Civil Veterinary Department. Madras. Admin. report 1926-33 - 1926-1933
Year: 1926
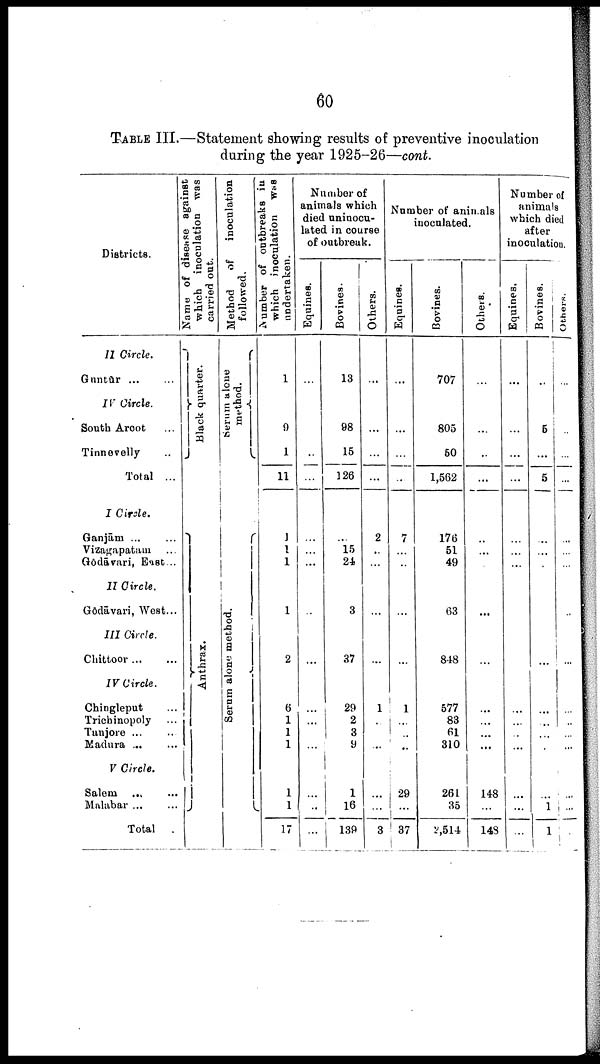
60
TABLE III.—Statement showing results of preventive inoculation
during the year 1925-26—cont.
Districts.
II Circle.
Guntūr ... ...
IV Circle.
South Arcot ...
Tinnevelly ..
Total ...
I Circle.
Ganjām ... ...
Vizagapatam ...
Gōdāvari, East...
II Circle.
Gōdāvari, West...
III Circle.
Chittoor ... ...
IV Circle.
Chingleput ...
Trichinopoly ...
Tanjore ... ...
Madura ... ...
V Circle.
Salem ... ...
Malabar ... ...
Total
Name of disease against
which inoculation was
carried out.
Black quarter.
Ant hr ax.
Method
of
inoculation
followed.
Serum
alone
method.
Se r
um alone method.
Number
of outbreaks in
which inoculation was
undertaken.
1
9
1
11
1
1
1
1
2
6
1
1
1
1
1
17
Number of
animals which
died uninocu-
lated in course
of outbreak.
Equines.
...
...
..
...
...
...
...
...
...
...
...
...
...
...
..
...
Bovines.
13
08
15
126
...
15
24
3
37
29
2
3
9
1
16
139
Others.
...
...
...
...
2
..
...
...
...
1
...
...
...
...
...
3
Number of animals
inoculated.
Equines.
...
...
...
...
7
...
...
...
...
1
...
...
..
29
...
37
Bovines.
707
805
50
1,562
176
51
49
63
848
577
83
61
310
261
35
2,514
Others.
...
...
..
...
..
...
...
...
...
...
...
...
...
148
...
148
Number of
animals
which died
after
inoculation.
Equines.
...
...
...
...
...
...
...
...
...
...
...
...
...
...
...
...
Bovines.
i
...
5
...
5
...
...
...
...
...
...
...
...
...
...
1
1
Others.
...
...
...
...
...
...
...
...
...
...
..
...
...
...
...